Annual report of the Imperial Bacteriological Laboratory, Muktesar
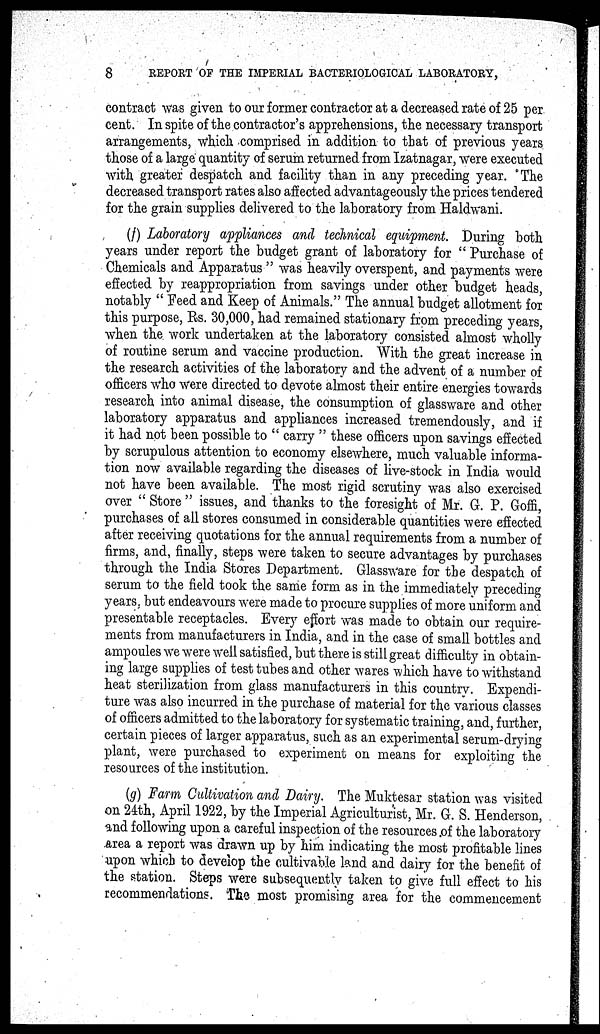
8
REPORT OF THE IMPERIAL BACTERIOLOGICAL LABORATORY,
contract was given to our former contractor at a decreased rate of 25 per
cent. In spite of the contractor's apprehensions, the necessary transport
arrangements, which comprised in addition to that of previous years
those of a large quantity of serum returned from Izatnagar, were executed
with greater despatch and facility than in any preceding year. The
decreased transport rates also affected advantageously the prices tendered
for the grain supplies delivered to the laboratory from Haldwani.
(f) Laboratory appliances and technical equipment. During both
years under report the budget grant of laboratory for " Purchase of
Chemicals and Apparatus " was heavily overspent, and payments were
effected by reappropriation from savings under other budget heads,
notably " Feed and Keep of Animals." The annual budget allotment for
this purpose, Rs. 30,000, had remained stationary from preceding years,
when the work undertaken at the laboratory consisted almost wholly
of routine serum and vaccine production. With the great increase in
the research activities of the laboratory and the advent of a number of
officers who were directed to devote almost their entire energies towards
research into animal disease, the consumption of glassware and other
laboratory apparatus and appliances increased tremendously, and if
it had not been possible to " carry " these officers upon savings effected
by scrupulous attention to economy elsewhere, much valuable informa-
tion now available regarding the diseases of live-stock in India would
not have been available. The most rigid scrutiny was also exercised
over " Store " issues, and thanks to the foresight of Mr. G. P. Goffi,
purchases of all stores consumed in considerable quantities were effected
after receiving quotations for the annual requirements from a number of
firms, and, finally, steps were taken to secure advantages by purchases
through the India Stores Department. Glassware for the despatch of
serum to the field took the same form as in the immediately preceding
years, but endeavours were made to procure supplies of more uniform and
presentable receptacles. Every effort was made to obtain our require-
ments from manufacturers in India, and in the case of small bottles and
ampoules we were well satisfied, but there is still great difficulty in obtain-
ing large supplies of test tubes and other wares which have to withstand
heat sterilization from glass manufacturers in this country. Expendi-
ture was also incurred in the purchase of material for the various classes
of officers admitted to the laboratory for systematic training, and, further,
certain pieces of larger apparatus, such as an experimental serum-drying
plant, were purchased to experiment on means for exploiting the
resources of the institution.
(g) Farm Cultivation and Dairy. The Muktesar station was visited
on 24th, April 1922, by the Imperial Agriculturist, Mr. G. S. Henderson,
and following upon a careful inspection of the resources of the laboratory
area a report was drawn up by him indicating the most profitable lines
upon which to develop the cultivable land and dairy for the benefit of
the station. Steps were subsequently taken to give full effect to his
recommendations. The most promising area for the commencement